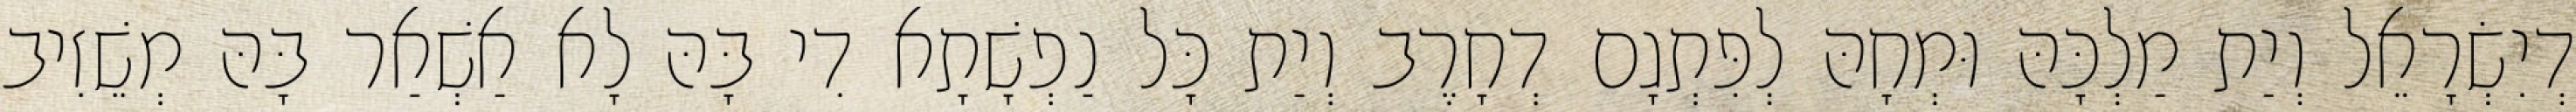
דְיִשְׂרָאֵל וְיַת מַלְכָּהּ וּמְחָהּ לְפִּתְגָם דְחָרֶב וְיַת כָּל נַפְשָׁתָא דִי בָּהּ לָא אַשְׁאַר בָּהּ מְשֵׁזִיב